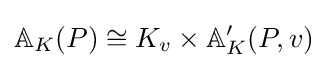
\mathbb {A} _{K}(P)\cong K_{v}\times \mathbb {A} _{K}'(P,v)